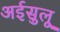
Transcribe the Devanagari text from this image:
अईसुलू